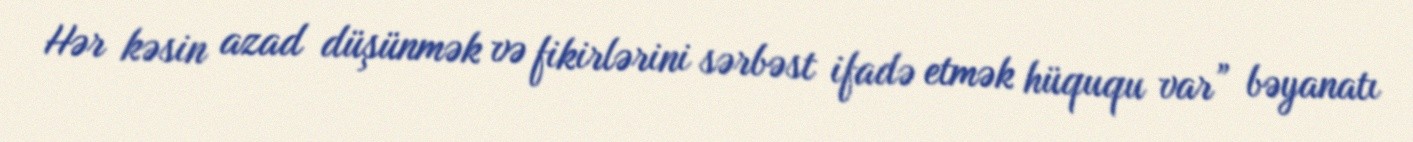
Hər kəsin azad düşünmək və fikirlərini sərbəst ifadə etmək hüququ var” bəyanatı